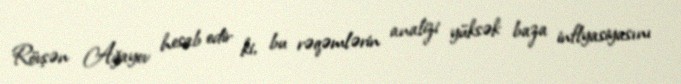
Rövşən Ağayev hesab edir ki, bu rəqəmlərin analizi yüksək baza inflyasiyasını